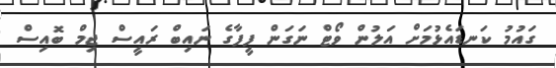
ގައުމު ކަނޑައެޅުމަށް އަލުން ވޯޓް ނަގަން ފީފާގެ ނައިބް ރައީސް ޖިމް ބޮއިސް